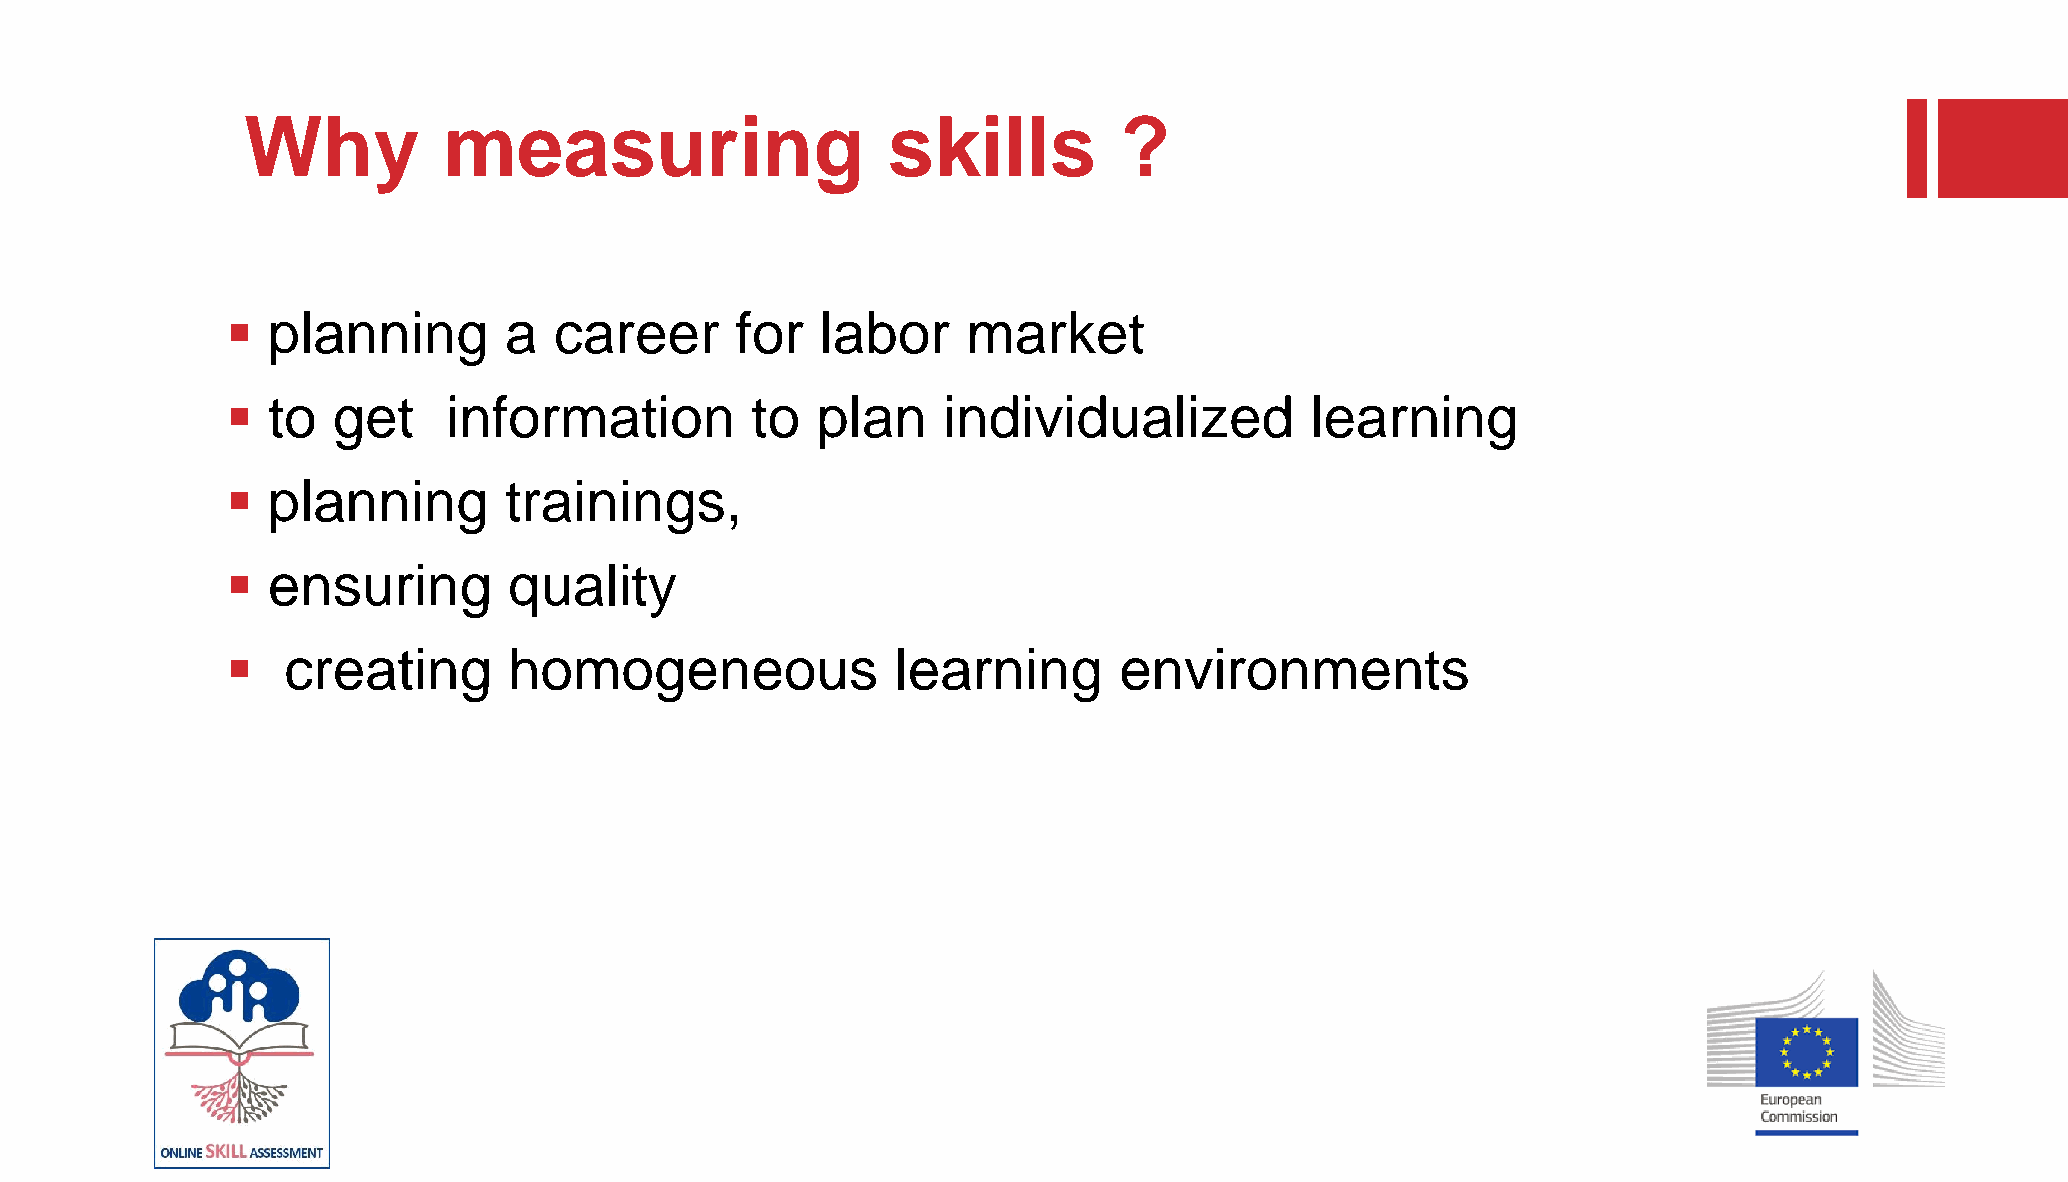
Why          measuring                     skills         ?
   planning       a   career      for  labor     market
   to  get     information         to  plan    individualized           learning
   planning       trainings,
   ensuring        quality
    creating       homogeneous              learning       environments